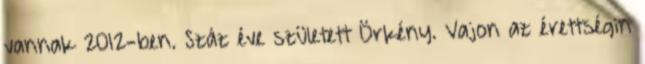
vannak 2012-ben. Száz éve született Örkény. Vajon az érettségin